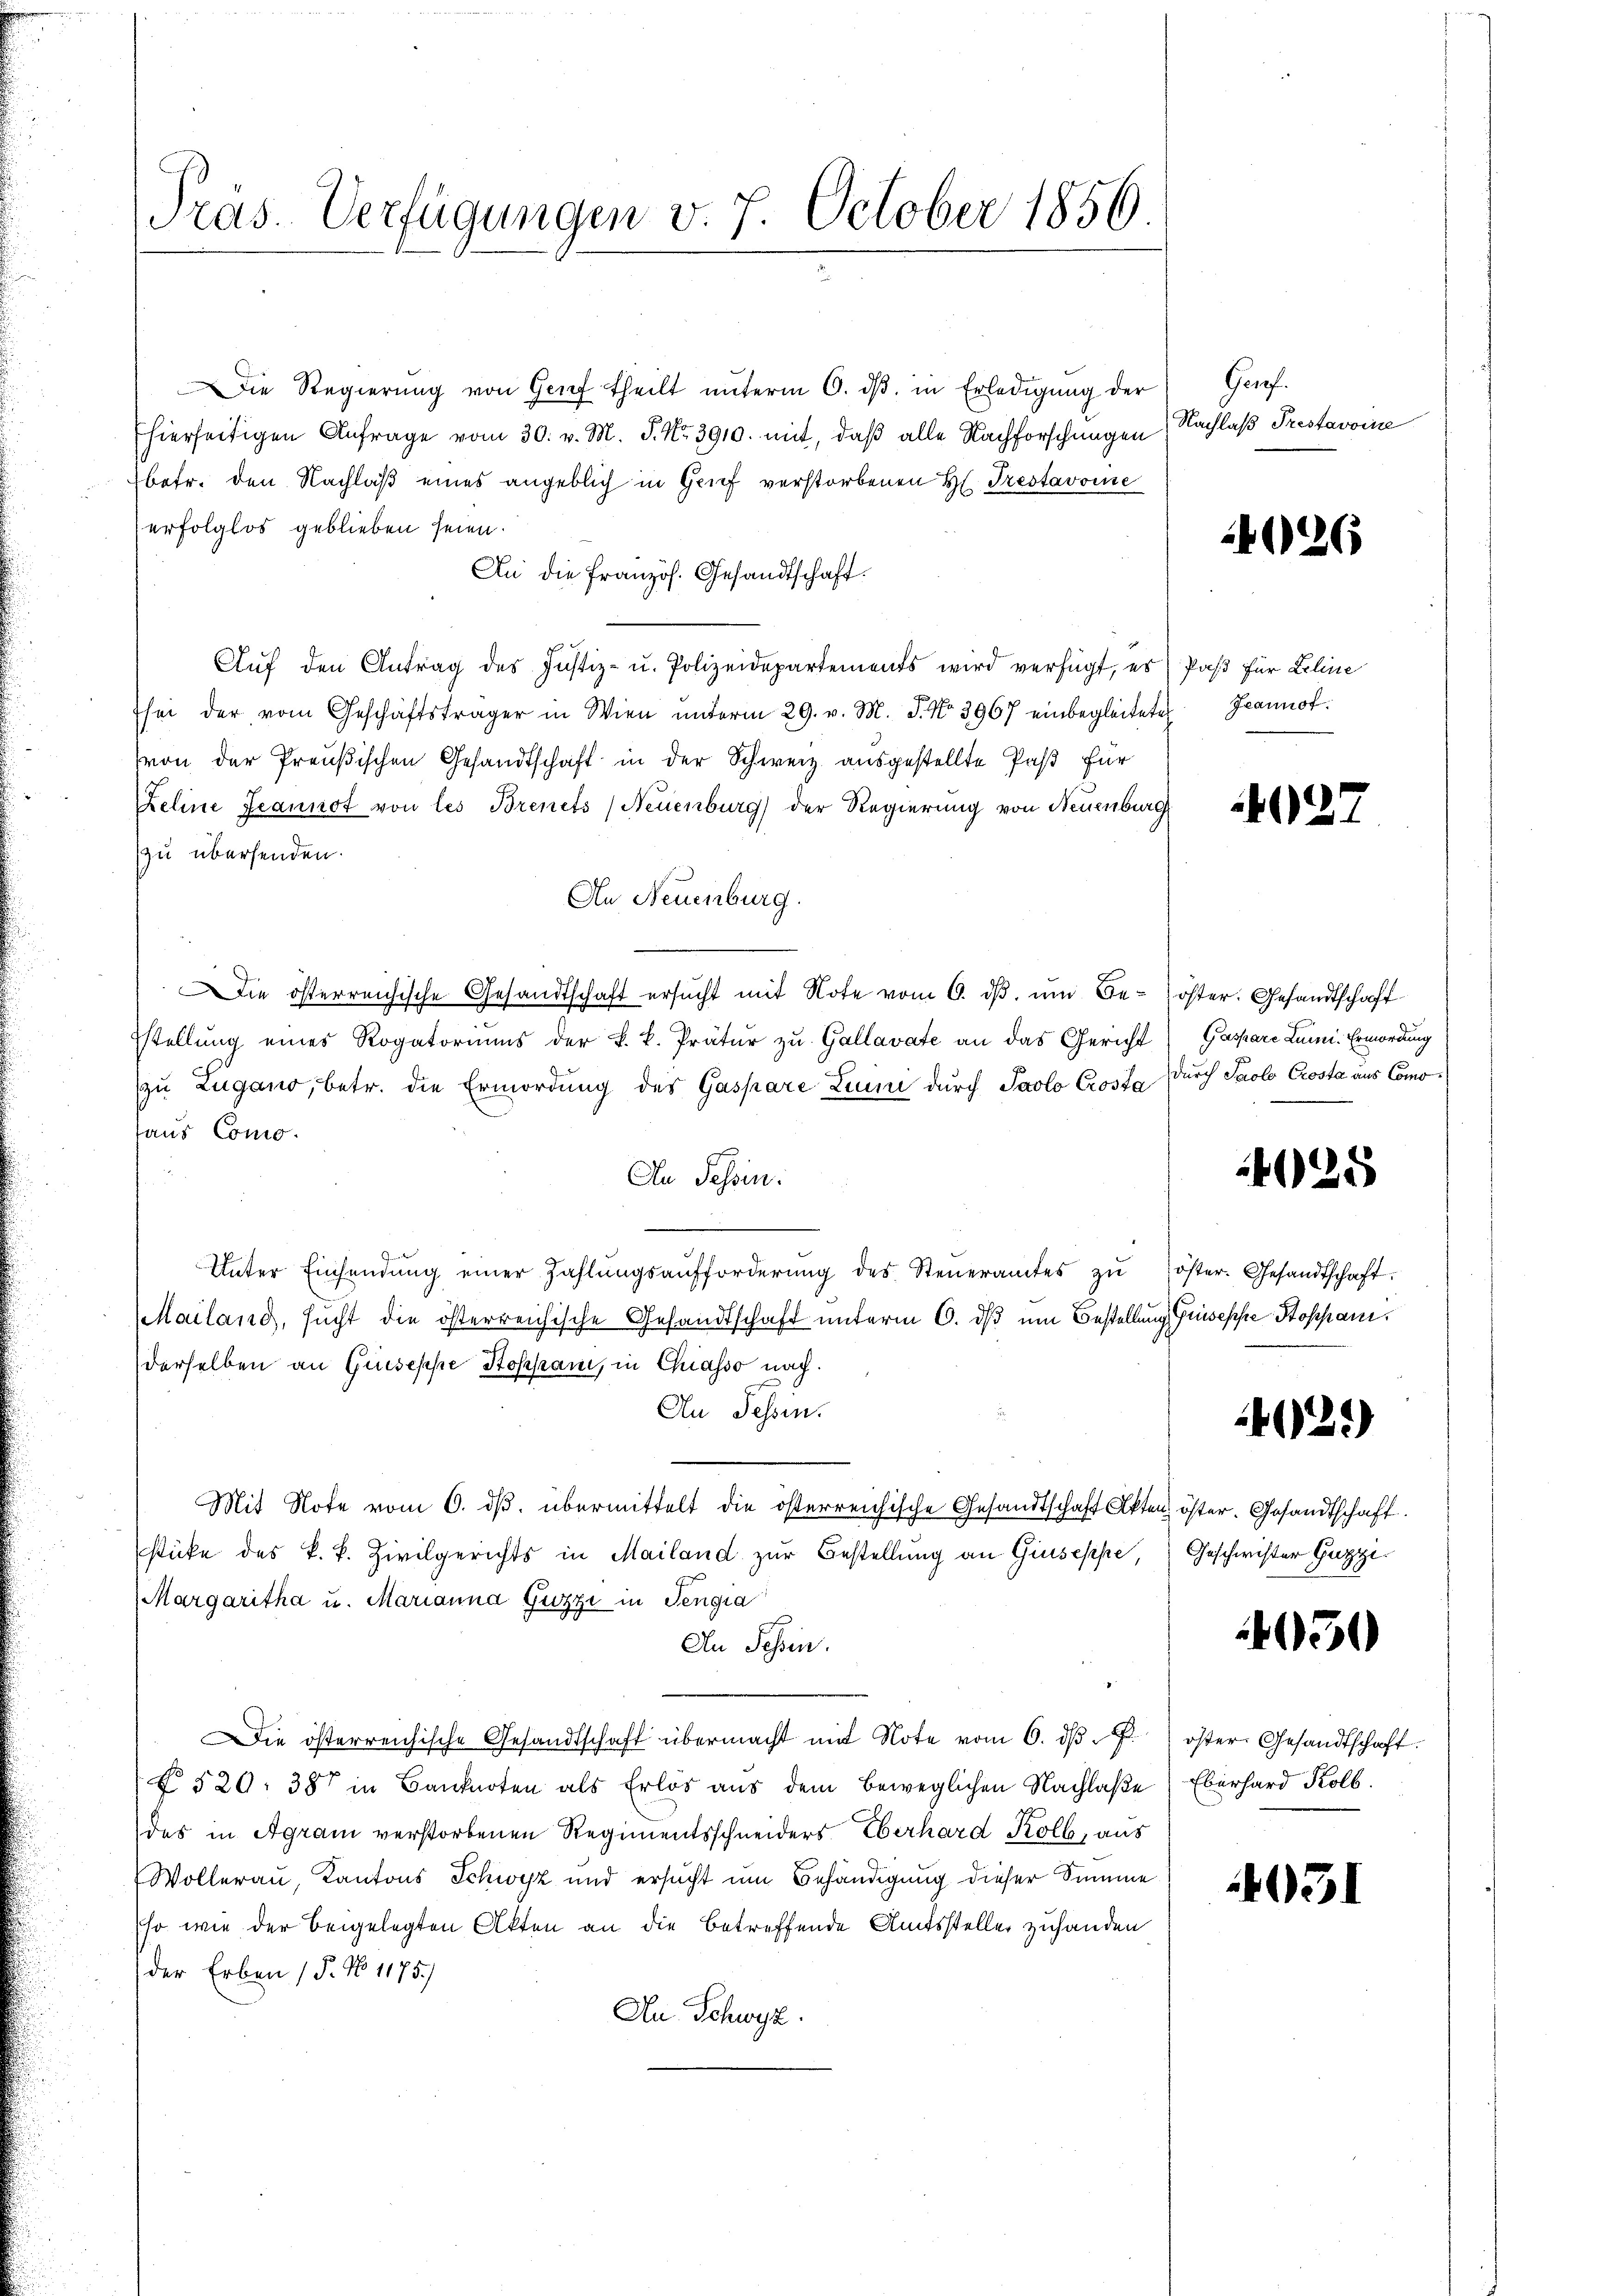
Die Regierŭng von Genf theilt ŭnterm 6. dβ in Erledigŭng der
Ehierseitigen Anfrage vom 30. v. M. P. Nr. 3910. mit, daß alle Nachforschungen
betr. den Nachlaß eines angeblich in Grif verstorbenen H. Trestavoine
erfolglos geblieben seien.
An die Französ. Gesandtschaft.
Aŭf den Antrag des Justiz- u. Polizeidepartements wird verfügt, es Paß für Leine
hei der vom Geschäftsträger in Wien ŭnterm 29. v. M. J. No. 3967 einbegleitete Jeannot.
von der Preußischen Gesandtschaft in der Schweiz ausgestellte Paß für
Zeline Jeannot von les Brenets, Neuenburg) der Regierung von Neuenburg
zu übersenden.
An Neuenburg.
ie österreichische Gesandtschaft ersŭcht mit Note vom 6. dβ ŭm Be- öster. Gesandtschaft
sstellung eines Rogatoriums der k. k. Prätŭr zŭ Gallavate an das Gericht Gaspare Lun Ermordung
zu Zugano, betr. die Ermordung des Gaspare Lium durch Paolo Crosta durch Paolo Crosta aus Comohaus Como.
An Sessen:
Unter Einsendŭng einer Zahlŭngsaufforderŭng des Steŭeramtes zŭ öster. Gesandtschaft.
Mailand, sucht die österreichische Gesandtschaft unterm 6. dß um Bestellung Guseppe Stoppaniderselben an Guseppe Stoppan, in Chiasso nach.
Au Sessen.
Mit Note vom 6. ds. übermittelt die österreichische Gesandtschaft Akten öster. Gesandtschaft.
sticke des k. k. Zivilgerichts in Mailand zur Bestellung an Giuseppe,
Margaritha u. Marianna Gizzi in Jengia
An Schin.
ie österreichische Gesandtschaft übermacht mit Note vom 6. dβ. öster Gesandtschaft.
§ 520. 387 in Banknoten als Erlös aus dem beweglichen Nachlaβe) Eberhard Kolb.
des in Agram verstorbenen Regimentsschneiders Eberhard Kolb, aus
Wollerau, Kantons Schwyz und ersucht um Behändigung dieser Summe
so wie der beigelegten Akten an die betreffende Amtssteller zuhanden
der Erben (§. No 1175)
An Schwyz.

Pras. Verfügungen v. 7. October 1856

Gerof
Nachlaß Trestavoine

4026

4027

028

4029)

Geschwister Gugg

450

4031